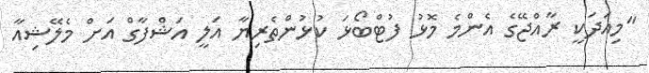
"މިއަދަކީ ރާއްޖޭގެ އެންމެ މޮޅު ފުޓްބޯޅަ ކުޅުންތެރިޔާ އަލީ އަޝްފާގް އަށް މެލޭޝިއާ